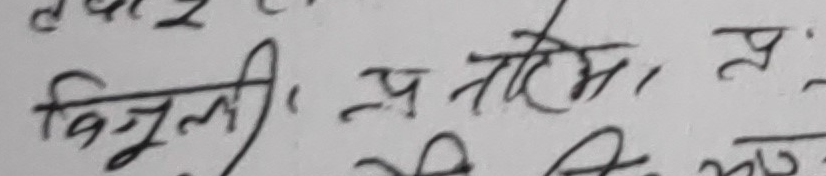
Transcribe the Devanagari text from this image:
बिजली, न प्रतिमा, प्र.